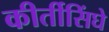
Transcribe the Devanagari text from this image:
कीर्तीसिंघे